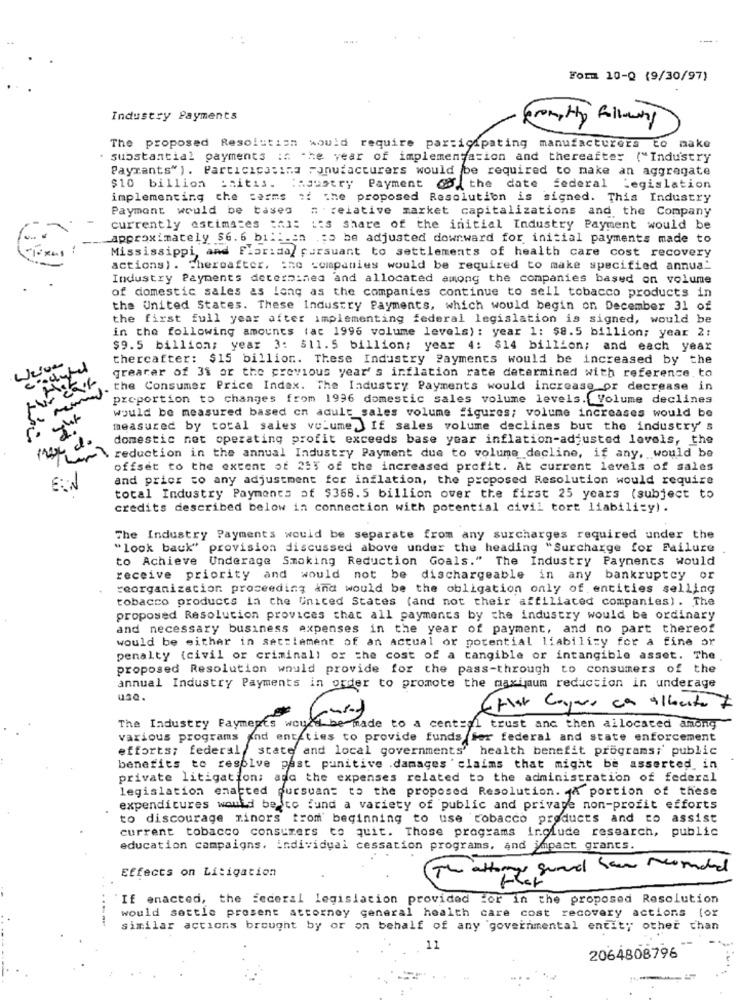
-- +
Form 10-Q (9/30/97)
Industry Payments
Hp following
The proposed Resolution would require participating manufacturers to make
· substantial payments :# the year of implementation and thereafter ("Industry
Payrants"). Particicatina Fonufacturers would be required to make an aggregate
$10 billion initis. : asustry Payment @ the date federal Legislation
implementing the terms of The proposed Resolution is signed. This Industry
Payment would be taseg : relative market capitalizations and the Company
currently estimates this its share of the initial Industry Payment would be
approximately $6. 6 billion to be adjusted downward for initial payments made to
Mississippi, and Florida/ pursuant to settlements of health care cost recovery
actions). Thereafter. the companies would be required to make specified annua_
Industry Payments determined and allocated among the companies based on volume
of domestic sales as long as the companies continue to sell tobacco products in
the United States. These Industry Payments, which would begin on December 31 of
the first full year after implementing federal legislation is signed, would be
in the following amounts (ac 1996 volume levels) : year 1: $8.5 billion; year 2:
$9.5 billion; year 3: 511.5 billion; year 4: $14 billion; and each year
thereafter: $15 billion. These Industry Payments would be increased by the
grearer of 31 or the previous year' s inflation rate determined with reference. to
the Consumer Price Index. The Industry Payments would increase or decrease in
proportion to changes from 1996 domestic sales volume levels.(Volume declines
would be measured based on adult sales volume figures; volume increases would be
measured by total sales volume ) If sales volume declines but the industry' s
domestic net operating profit exceeds base year inflation-adjusted loveis, the
reduction in the annual Industry Payment due to volume decline, if any, would be
offset to the extent of 25% of the increased profit. At current levels of sales
and prior to any adjustment for inflation, the proposed Resolution would require
total Industry Payments of $368. 5 billion over the first 25 years (subject to
credits described below in connection with potential civil tort liability).
The Industry Payments would be separate from any surcharges required under the
"look back" provision discussed above under the heading "Surcharge for Failure
to Achieve Underage Smoking Reduction Goals." The Industry Payments would
receive priority and would not be dischargeable in any bankruptcy or
reorganization proceeding and would be the obligation only of entities selling
tobacco products in the United States (and not their affiliated companies) . The
proposed Resolution provices that all payments by the industry would be ordinary
and necessary business expenses in the year of payment, and no part thereof
would be either in settlement of an actual or potential liability for a fine or
penalty (civil or criminal! ox the cost of a tangible or intangible asset. The
proposed Resolution would provide for the pass-through to consumers of the
annual Industry Payments in order to promote the maximum reduction in underage
Criar layers ca alberto
7
The Industry Faymepts would be made to a central trust and then allocated among
various programs and entities to provide funds for federal and state enforcement
efforts; federal , state and local governments' health benefit programs; public
benefits to resolve past punitive damages ' claims that might be asserted. in
private litigation; ada the expenses related to the administration of federal
legislation enacted pursuant to the proposed Resolution. JA portion of these
expenditures would be to fund a variety of public and private non-profit efforts
to discourage minors trom beginning to use tobacco products and to assist
current tobacco consumers to quit. Those programs include research, public
education campaigns. individual cessation programs, and impact grants.
Effects on Litigation
The athergs guard have recomended
If enacted, the federal legislation provided For in the proposed Resolution
would settle present attorney general health care cost recovery actions for
similar actions brought by or on behalf of any governmental entity other than
11
2064808796